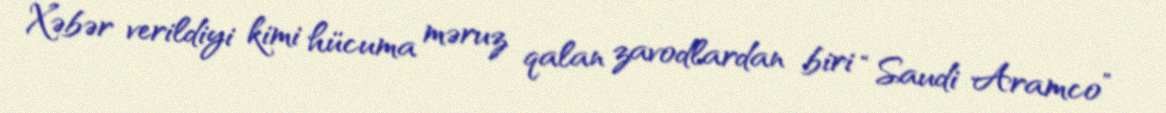
Xəbər verildiyi kimi hücuma məruz qalan zavodlardan biri “Saudi Aramco”